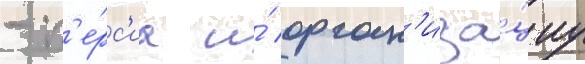
- п'е́рс'иа и́ орган'иза́циу